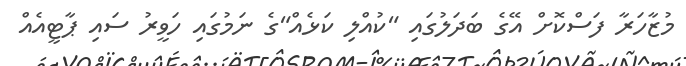
މުޒާހަރާ ފަސްކޮށް އޭގެ ބަދަލުގައި "ކުއްލި ކަޅެއް"ގެ ނަމުގައި ހަވީރު ސައި ޕާޓީއެއް